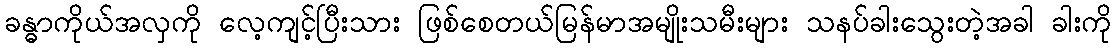
ခန္ဓာကိုယ်အလှကို လေ့ကျင့်ပြီးသား ဖြစ်စေတယ်မြန်မာအမျိုးသမီးများ သနပ်ခါးသွေးတဲ့အခါ ခါးကို